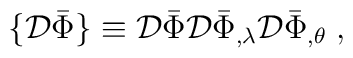
\{ {\cal D}\bar{\Phi} \}\equiv {\cal D}\bar{\Phi}{\cal D}\bar{\Phi}_{,\lambda} {\cal D}\bar{\Phi}_{,\theta} \;,